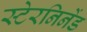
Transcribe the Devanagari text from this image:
स्टेरनिनेंड